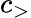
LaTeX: c_{>}